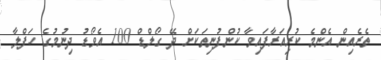
ތެރެއިން އެންމެ ކުރިއަރާފައިވާ ކުންފުނިތަކަށް ދޭ ގޯލްޑް 100 އެވޯޑު ދިނުމުގެ ހަފްލާ